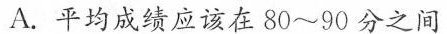
A.平均成绩应该在80~90分之间